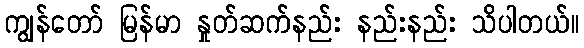
ကျွန်တော် မြန်မာ နှုတ်ဆက်နည်း နည်းနည်း သိပါတယ်။